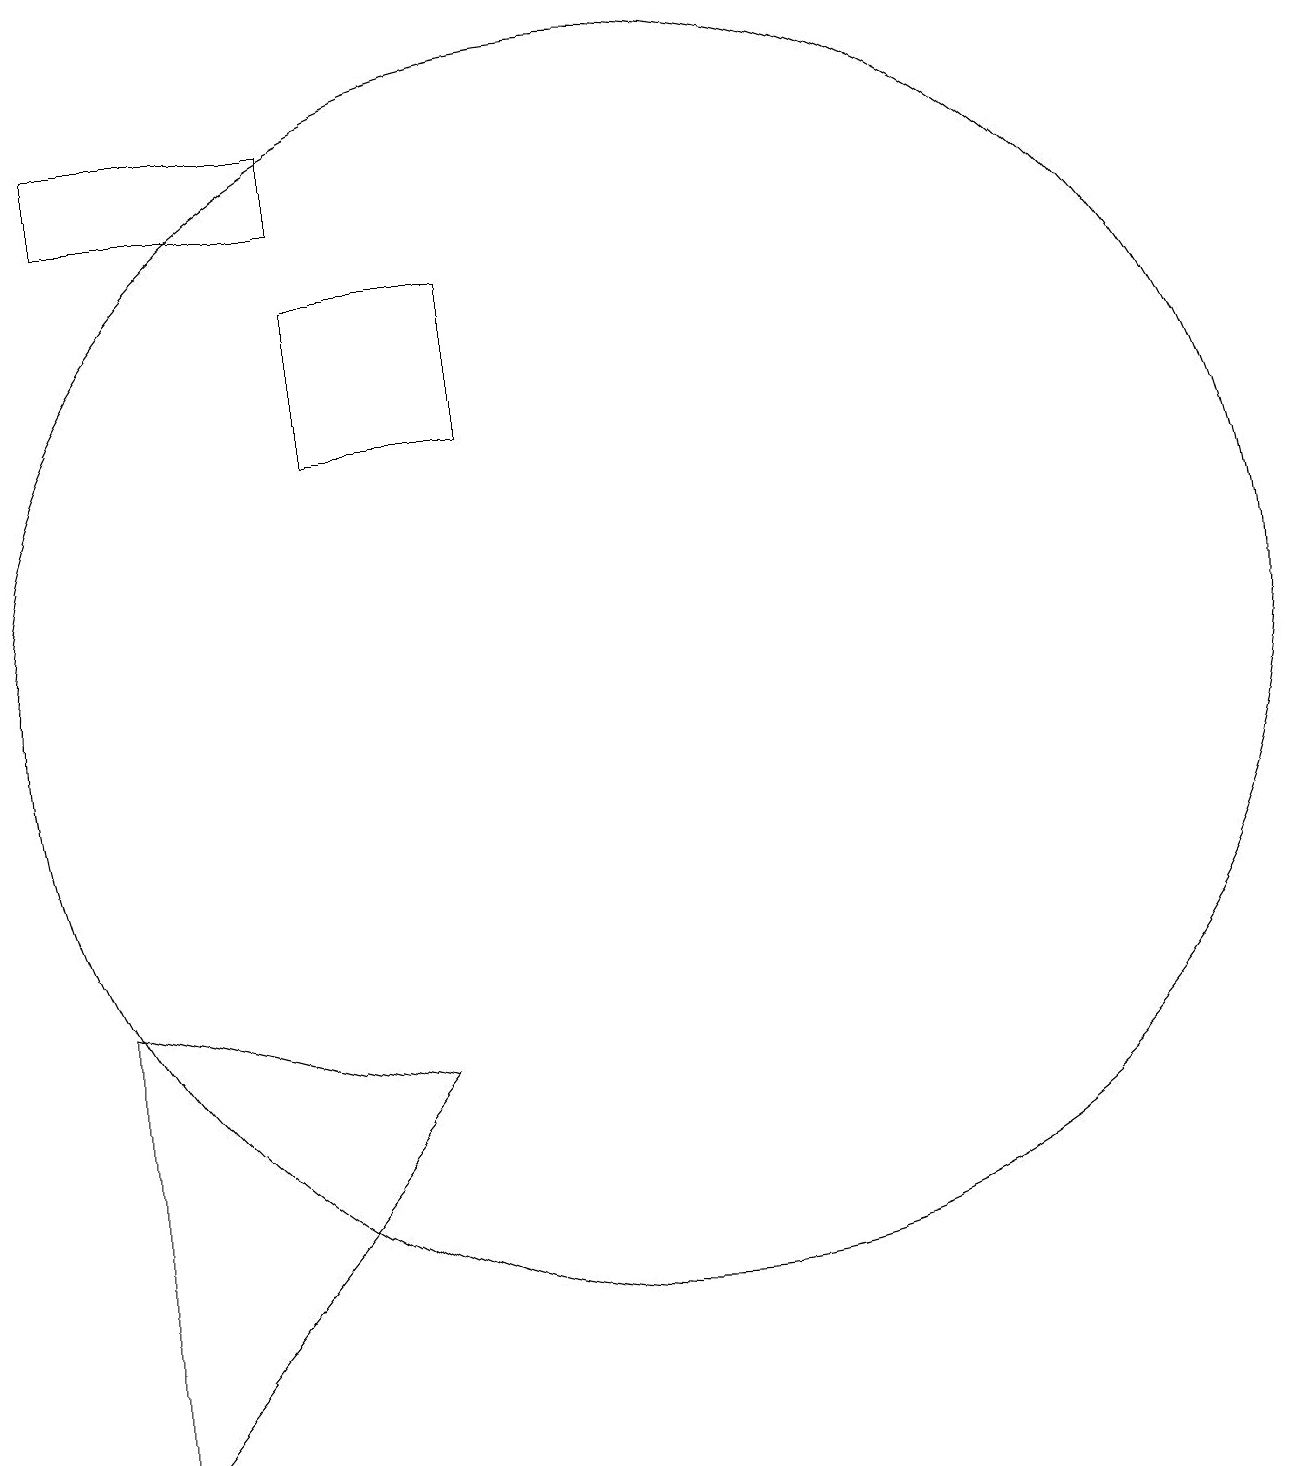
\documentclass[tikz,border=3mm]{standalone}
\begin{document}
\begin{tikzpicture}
\draw (3,18) rectangle (6,17);
\draw (6,14) rectangle (8,16);
\draw (10,11) circle (8);
\draw (7,6) -- (3,7) -- (3,1) -- cycle;
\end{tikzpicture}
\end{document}